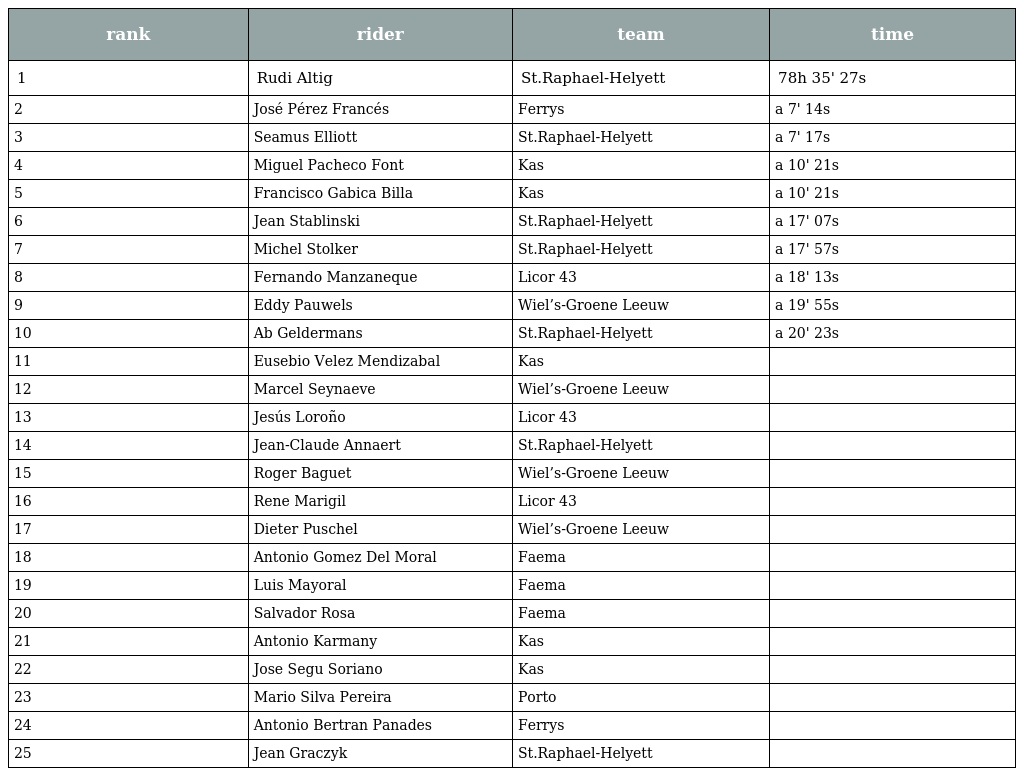
| rank | rider | team | time |
 | --- | --- | --- | --- |
 | 1 | Rudi Altig | St.Raphael-Helyett | 78h 35' 27s |
 | 2 | José Pérez Francés | Ferrys | a 7' 14s |
 | 3 | Seamus Elliott | St.Raphael-Helyett | a 7' 17s |
 | 4 | Miguel Pacheco Font | Kas | a 10' 21s |
 | 5 | Francisco Gabica Billa | Kas | a 10' 21s |
 | 6 | Jean Stablinski | St.Raphael-Helyett | a 17' 07s |
 | 7 | Michel Stolker | St.Raphael-Helyett | a 17' 57s |
 | 8 | Fernando Manzaneque | Licor 43 | a 18' 13s |
 | 9 | Eddy Pauwels | Wiel’s-Groene Leeuw | a 19' 55s |
 | 10 | Ab Geldermans | St.Raphael-Helyett | a 20' 23s |
 | 11 | Eusebio Velez Mendizabal | Kas |  |
 | 12 | Marcel Seynaeve | Wiel’s-Groene Leeuw |  |
 | 13 | Jesús Loroño | Licor 43 |  |
 | 14 | Jean-Claude Annaert | St.Raphael-Helyett |  |
 | 15 | Roger Baguet | Wiel’s-Groene Leeuw |  |
 | 16 | Rene Marigil | Licor 43 |  |
 | 17 | Dieter Puschel | Wiel’s-Groene Leeuw |  |
 | 18 | Antonio Gomez Del Moral | Faema |  |
 | 19 | Luis Mayoral | Faema |  |
 | 20 | Salvador Rosa | Faema |  |
 | 21 | Antonio Karmany | Kas |  |
 | 22 | Jose Segu Soriano | Kas |  |
 | 23 | Mario Silva Pereira | Porto |  |
 | 24 | Antonio Bertran Panades | Ferrys |  |
 | 25 | Jean Graczyk | St.Raphael-Helyett |  |